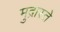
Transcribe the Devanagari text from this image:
मुद्रास्ते